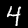
Label: 4